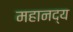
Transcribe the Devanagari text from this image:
महानद्य